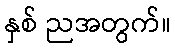
နှစ် ညအတွက်။